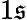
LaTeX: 1\mathfrak{s}